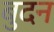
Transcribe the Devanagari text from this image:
बुदन